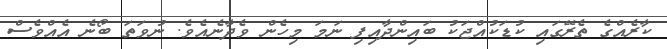
ކާރެއްގެ ތެރޭގައި ކުޑަކުއްޖަކު ބައިންދާއިފި ނަމަ މިހެން ވެދާނެއެވެ. ނުވަތަ ބޯނެ އެއްވެސް